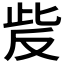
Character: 𰙥